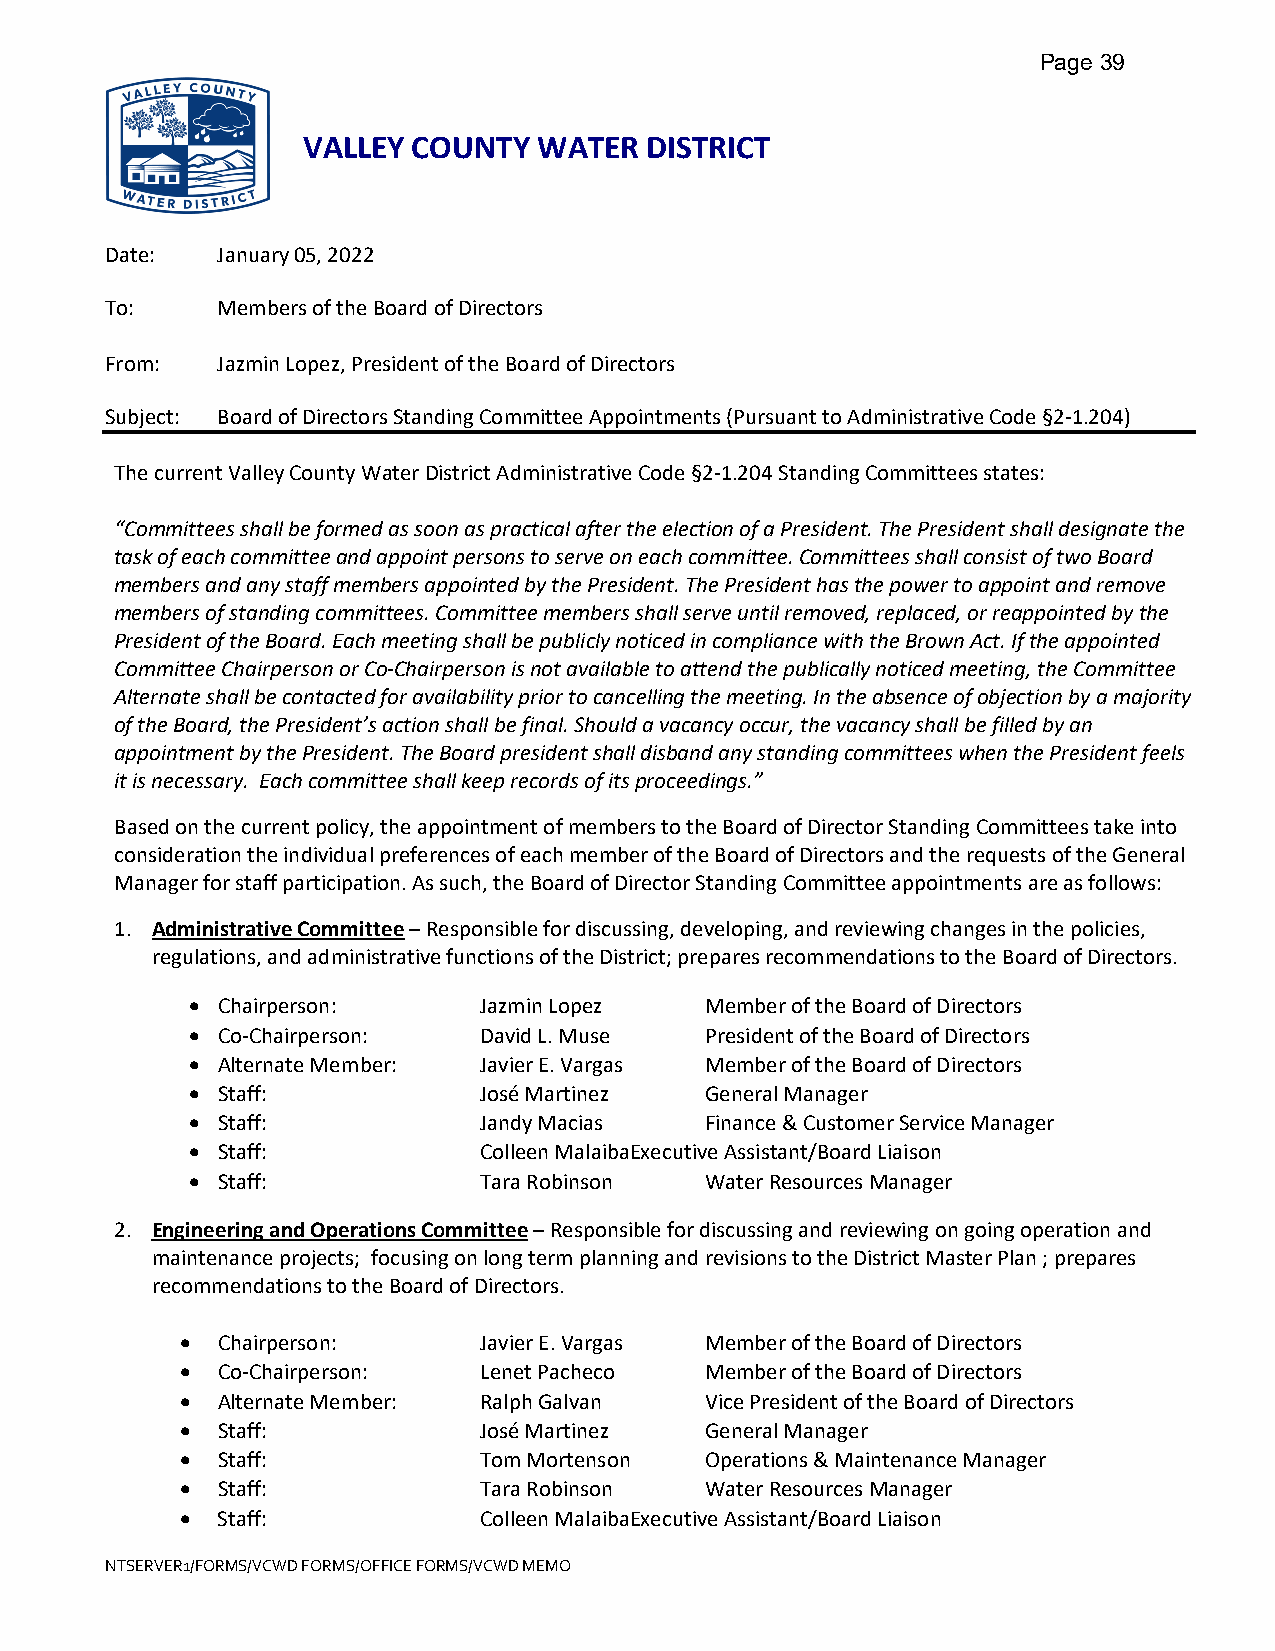
Page 39
 VALLEY COUNTY   WATER  DISTRICT
 Date:  January 05, 2022
 To:    Members of the Board of Directors
 From:  Jazmin Lopez, President of the Board of Directors
 Subject: Board of Directors Standing Committee Appointments (Pursuant to Administrative Code §2-1.204)
 The current Valley County Water District Administrative Code §2-1.204 Standing Committees states:
 “Committees shall be formed as soon as practical after the election of a President. The President shall designate the
 task of each committee and appoint persons to serve on each committee. Committees shall consist of two Board
 members and any staff members appointed by the President. The President has the power to appoint and remove
 members of standing committees. Committee members shall serve until removed, replaced, or reappointed by the
 President of the Board. Each meeting shall be publicly noticed in compliance with the Brown Act. If the appointed
 Committee Chairperson or Co-Chairperson is not available to attend the publically noticed meeting, the Committee
 Alternate shall be contacted for availability prior to cancelling the meeting. In the absence of objection by a majority
 of the Board, the President’s action shall be final. Should a vacancy occur, the vacancy shall be filled by an
 appointment by the President. The Board president shall disband any standing committees when the President feels
 it is necessary. Each committee shall keep records of its proceedings.”
 Based on the current policy, the appointment of members to the Board of Director Standing Committees take into
 consideration the individual preferences of each member of the Board of Directors and the requests of the General
 Manager for staff participation. As such, the Board of Director Standing Committee appointments are as follows:
 1. Administrative Committee – Responsible for discussing, developing, and reviewing changes in the policies,
 regulations, and administrative functions of the District; prepares recommendations to the Board of Directors.
 • Chairperson:     Jazmin Lopez   Member of the Board of Directors
 • Co-Chairperson:  David L. Muse  President of the Board of Directors
 • Alternate Member: Javier E. Vargas Member of the Board of Directors
 • Staff:           José Martinez  General Manager
 • Staff:           Jandy Macias   Finance & Customer Service Manager
 • Staff:           Colleen Malaiba Executive Assistant/Board Liaison
 • Staff:           Tara Robinson  Water Resources Manager
 2. Engineering and Operations Committee – Responsible for discussing and reviewing on going operation and
 maintenance projects; focusing on long term planning and revisions to the District Master Plan ; prepares
 recommendations to the Board of Directors.
 • Chairperson:      Javier E. Vargas Member of the Board of Directors
 • Co-Chairperson:   Lenet Pacheco  Member of the Board of Directors
 • Alternate Member: Ralph Galvan   Vice President of the Board of Directors
 • Staff:            José Martinez  General Manager
 • Staff:            Tom Mortenson  Operations & Maintenance Manager
 • Staff:            Tara Robinson  Water Resources Manager
 • Staff:            Colleen Malaiba Executive Assistant/Board Liaison
 NTSERVER1/FORMS/VCWD FORMS/OFFICE FORMS/VCWD MEMO